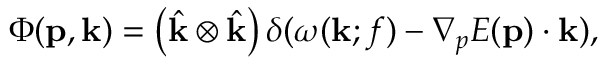
\Phi ( \mathbf { p } , \mathbf { k } ) = \left( \hat { \mathbf { k } } \otimes \hat { \mathbf { k } } \right) \delta ( \omega ( \mathbf { k } ; f ) - \nabla _ { p } E ( \mathbf { p } ) \cdot \mathbf { k } ) ,